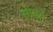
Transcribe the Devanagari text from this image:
सीबर्ग